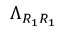
\Lambda _ { R _ { 1 } R _ { 1 } }